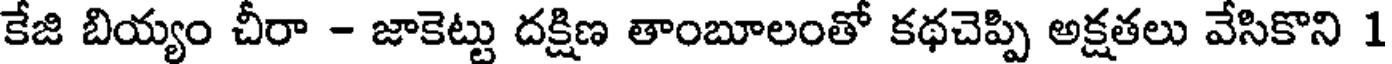
కేజి బియ్యం చీరా - జాకెట్టు దక్షిణ తాంబూలంతో కథచెప్పి అక్షతలు వేసికొని 1